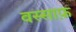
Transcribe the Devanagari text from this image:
वस्साफ़